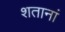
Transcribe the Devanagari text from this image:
शतानां